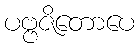
ပဗ္ဗဇိတောပေ